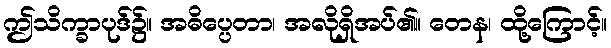
ဤသိက္ခာပုဒ်၌။ အဓိပ္ပေတာ၊ အလိုရှိအပ်၏။ တေန၊ ထို့ကြောင့်။